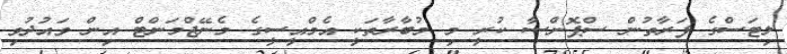
ލިޓަސްގެ ފަރާތުން ސްޕޮންސާ ކުރީ މި މުބާރާތަކީ އެމްއީސީގެ މެނޭޖްމަންޓް އިން ވައުދުވި